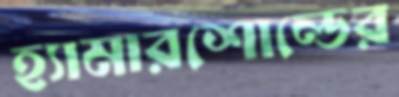
হ্যামারশোল্ডের